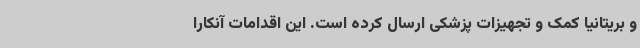
و بریتانیا کمک و تجهیزات پزشکی ارسال کرده است. این اقدامات آنکارا